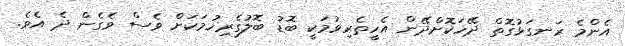
އެންމެ ރަނގަޅުގޮތް ދޭހަކޮށްދޭން އެހީތެރިވުމަކީ ބޮޑު ބޮލުގެރިހުމަކަށް ވެސް ވެގެން ދެ އެވެ.